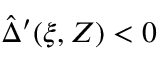
\hat { \Delta } ^ { \prime } ( \xi , Z ) < 0